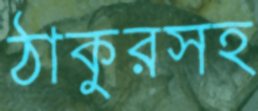
ঠাকুরসহ